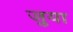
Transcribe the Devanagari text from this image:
ज़ुया